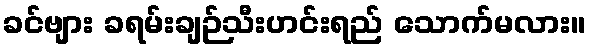
ခင်ဗျား ခရမ်းချဉ်သီးဟင်းရည် သောက်မလား။